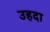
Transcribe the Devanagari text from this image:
उहदा